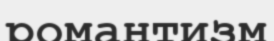
романтизм